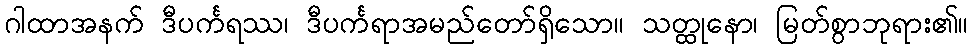
ဂါထာအနက် ဒီပင်္ကရဿ၊ ဒီပင်္ကရာအမည်တော်ရှိသော။ သတ္ထုနော၊ မြတ်စွာဘုရား၏။